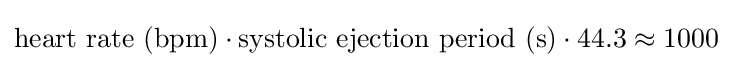
{\text{heart rate (bpm)}}\cdot {\text{systolic ejection period (s)}}\cdot 44.3\approx 1000